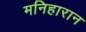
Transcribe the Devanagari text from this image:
मनिहारान